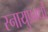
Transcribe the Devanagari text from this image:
स्नायुप्रवर्धों